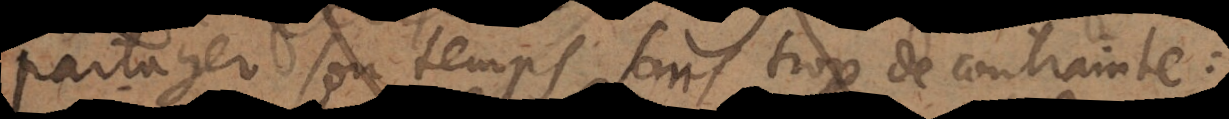
partager son temps sans trop de contrainte: